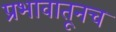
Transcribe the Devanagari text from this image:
प्रभावातूनच